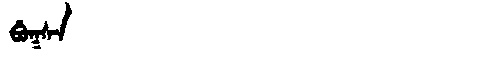
Manchu: ᠪᡠᡴᠰᠠ
Romanization: BUKSA